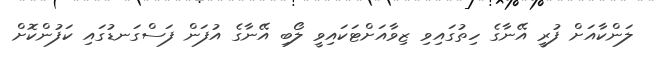
ލަންކާއަށް ފުރީ އޭނާގެ ހިތުގައިވި ޒިވާއަށްޓަކައިވީ ލޯބި އޭނާގެ އުފަން ފަސްގަނޑުގައި ކަފުންކޮށް